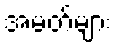
အမတ်များ